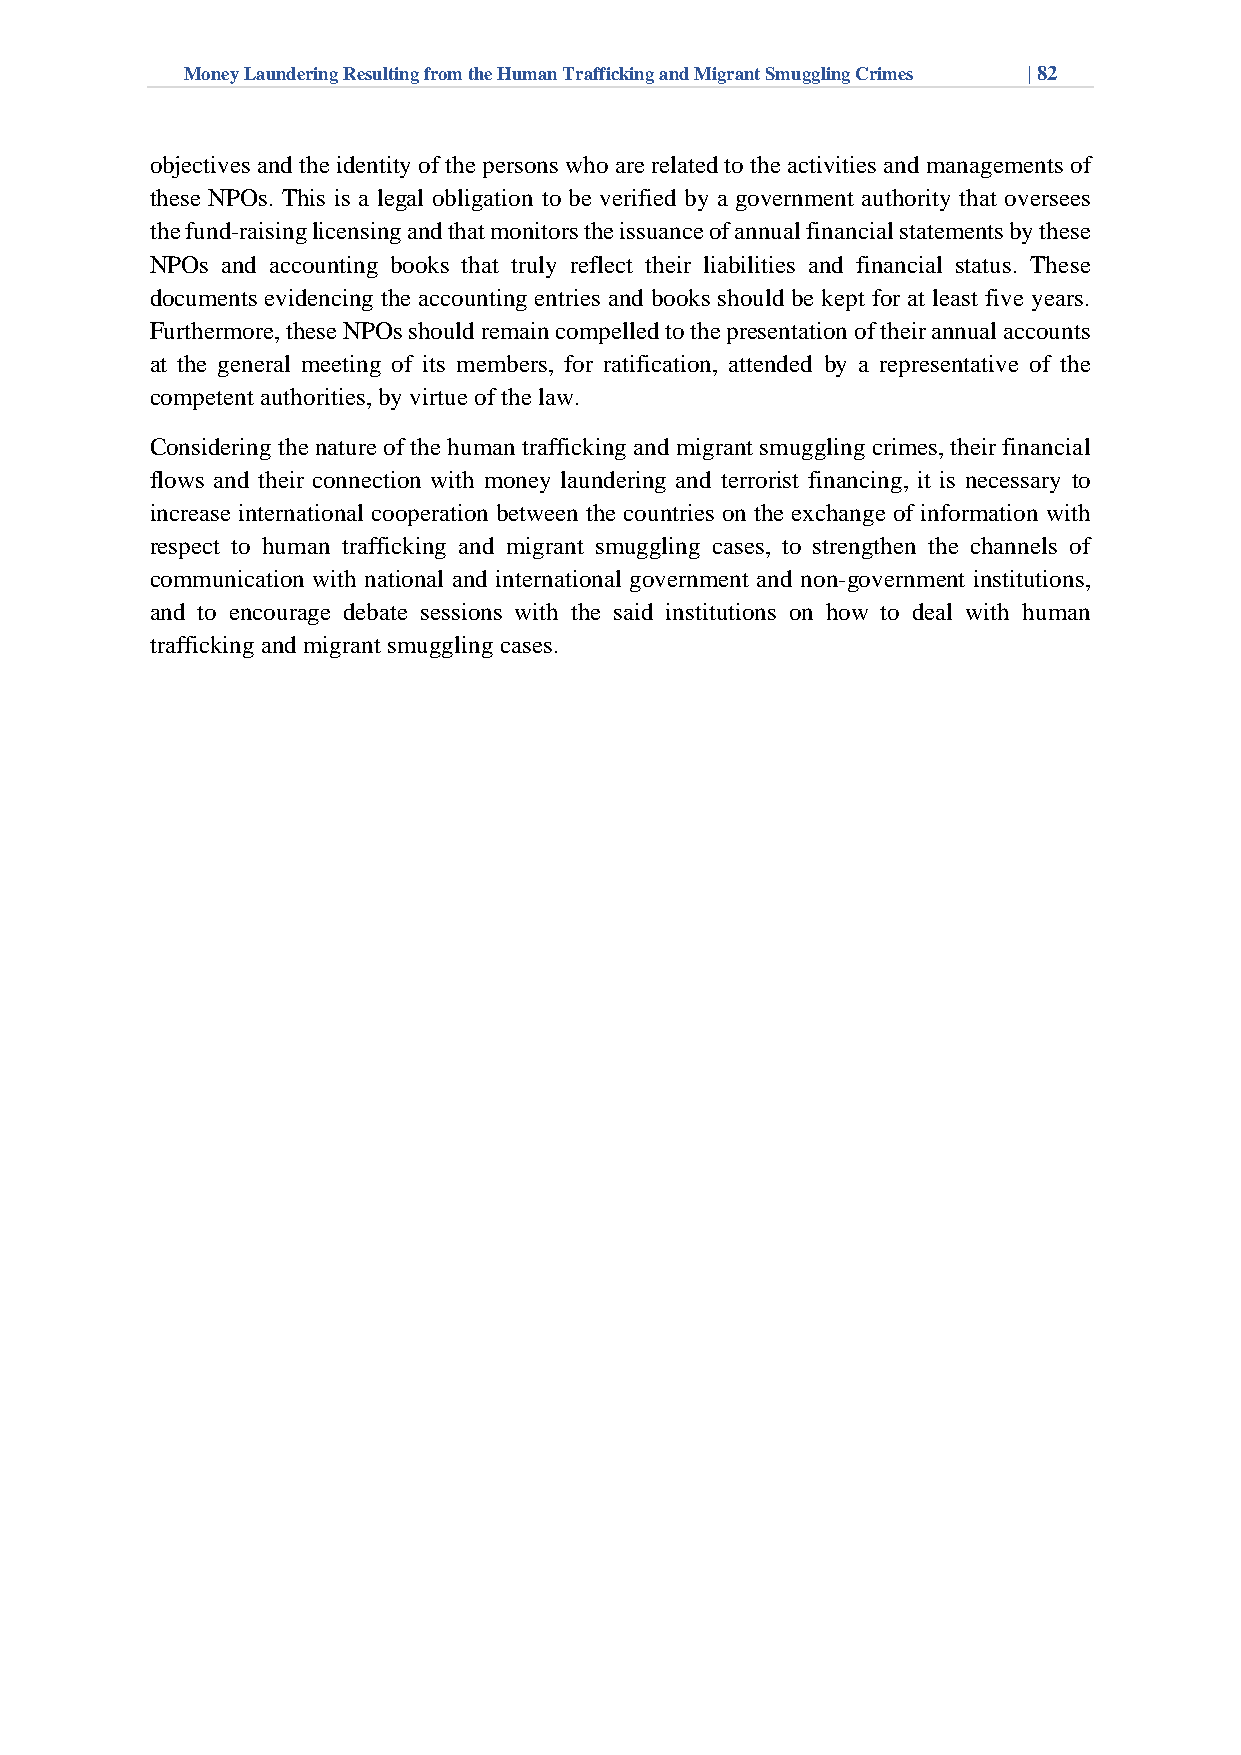
Money Laundering Resulting from the Human Trafficking and Migrant Smuggling Crimes | 82
 objectives and the identity of the persons who are related to the activities and managements of
 these NPOs. This is a legal obligation to be verified by a government authority that oversees
 the fund-raising licensing and that monitors the issuance of annual financial statements by these
 NPOs and accounting books that truly reflect their liabilities and financial status. These
 documents evidencing the accounting entries and books should be kept for at least five years.
 Furthermore, these NPOs should remain compelled to the presentation of their annual accounts
 at the general meeting of its members, for ratification, attended by a representative of the
 competent authorities, by virtue of the law.
 Considering the nature of the human trafficking and migrant smuggling crimes, their financial
 flows and their connection with money laundering and terrorist financing, it is necessary to
 increase international cooperation between the countries on the exchange of information with
 respect to human trafficking and migrant smuggling cases, to strengthen the channels of
 communication with national and international government and non-government institutions,
 and to encourage debate sessions with the said institutions on how to deal with human
 trafficking and migrant smuggling cases.